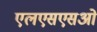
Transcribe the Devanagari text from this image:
एलएसएसओ